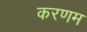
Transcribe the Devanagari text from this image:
करणम